Eliaser,_Agnia_(Rutt)_ja_Elga, lk 9
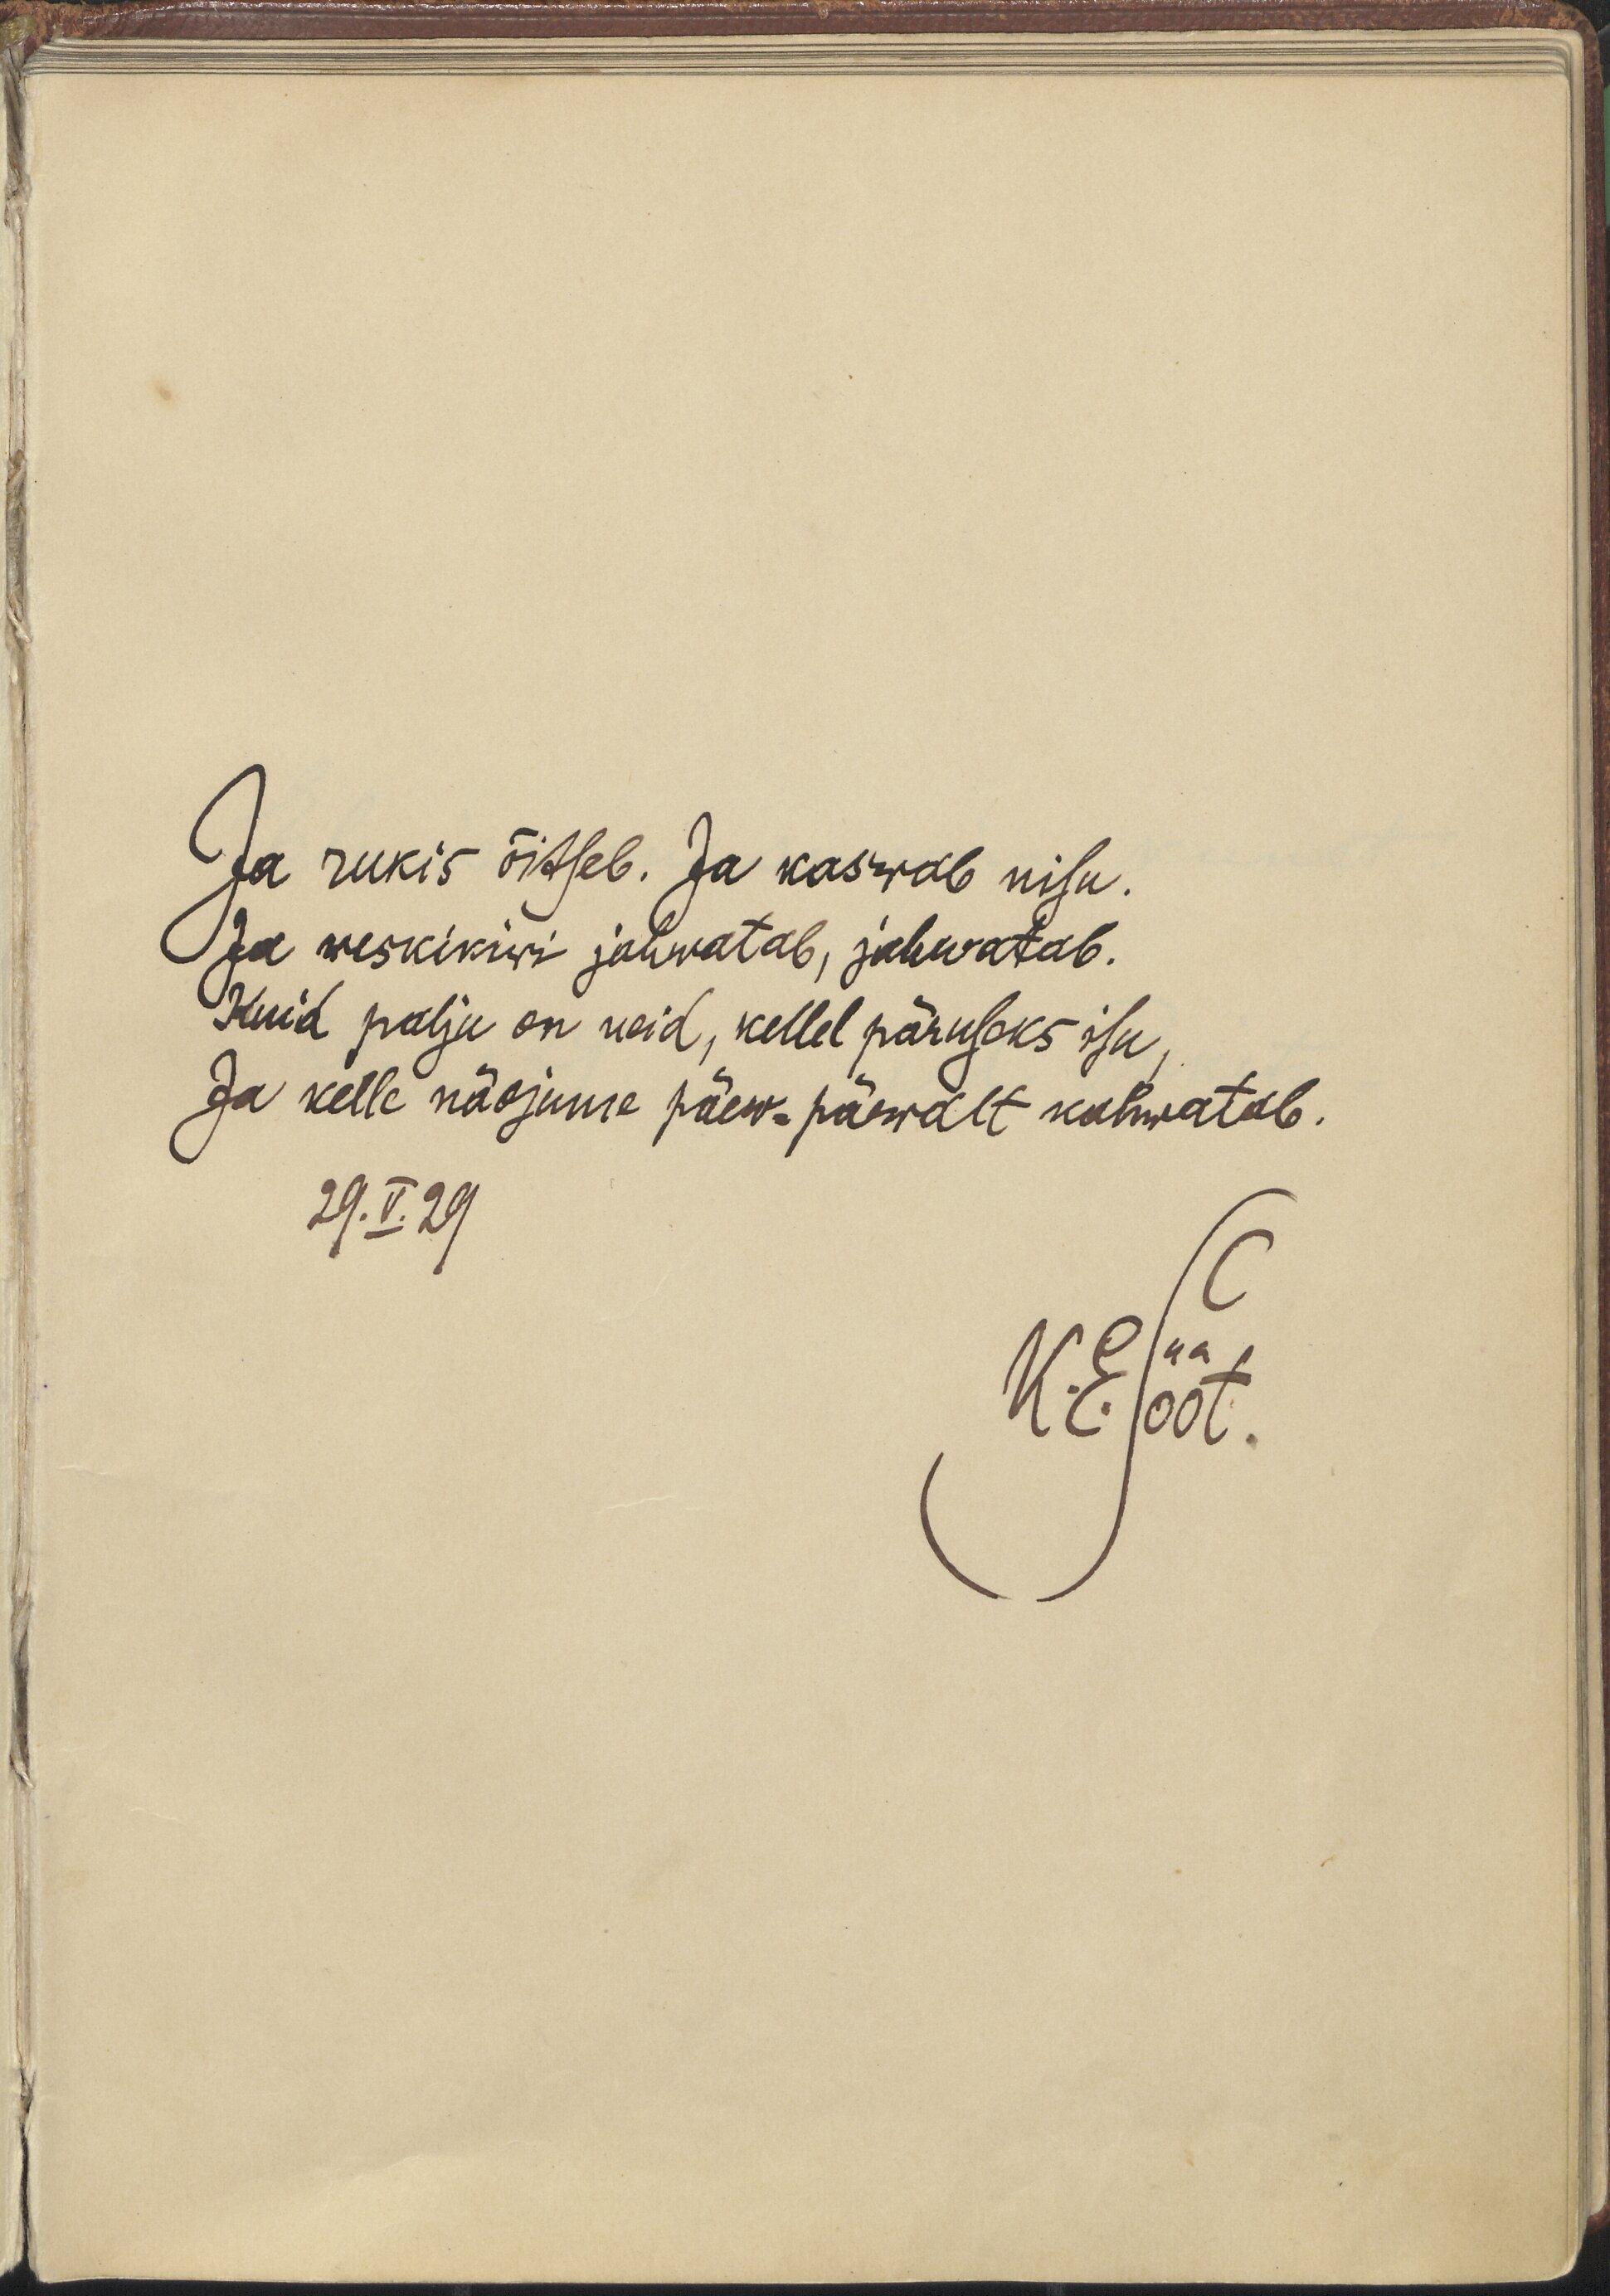
Ja rukis õitseb. Ja kaswab nisu.
Ja weskikiwi jahwatab, jahwatab.
Kuid palju on neid, kellel pärusaks isu,
Ja kelle näojume päew-päewalt kahwatab.
29.V.29
K. E. Sööt.